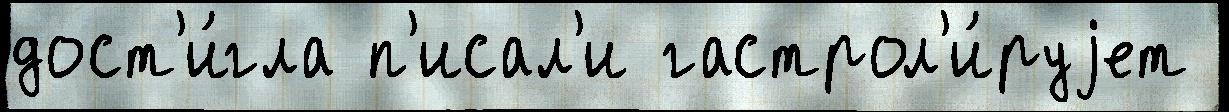
дост'и́гла п'исал'и гастрол'и́руjет